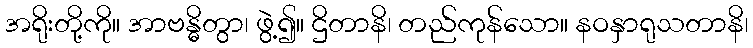
အရိုးတို့ကို။ အာဗန္ဓိတွာ၊ ဖွဲ့၍။ ဌိတာနိ၊ တည်ကုန်သော။ နဝနှာရုသတာနိ၊